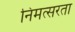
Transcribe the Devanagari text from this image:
निमत्सरता